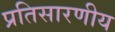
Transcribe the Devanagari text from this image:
प्रतिसारणीय